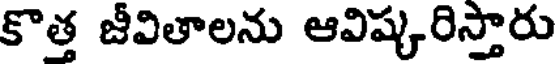
కొత్త జీవితాలను ఆవిష్కరిస్తారు